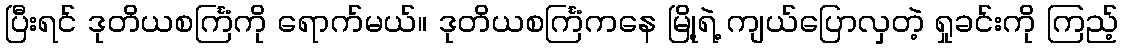
ပြီးရင် ဒုတိယစင်္ကြံကို ရောက်မယ်။ ဒုတိယစင်္ကြံကနေ မြို့ရဲ့ ကျယ်ပြောလှတဲ့ ရှုခင်းကို ကြည့်